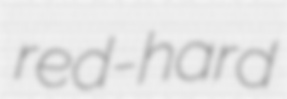
red-hard